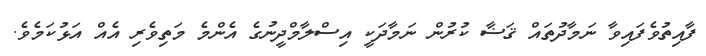
ފާއިތުވެފައިވާ ނަމާދުތައް ޤަޟާ ކުރުން ނަމާދަކީ އިސްލާމްދީނުގެ އެންމެ މަތިވެރި އެއް އަޅުކަމެވެ.